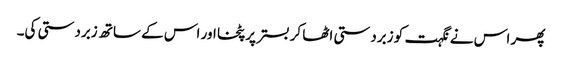
پھر اس نے نگہت کو زبردستی اٹھا کر بستر پر پٹخا اور اس کے ساتھ زبردستی کی۔